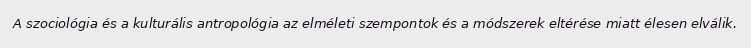
A szociológia és a kulturális antropológia az elméleti szempontok és a módszerek eltérése miatt élesen elválik.